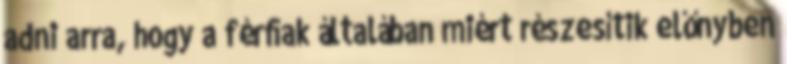
adni arra, hogy a férﬁak általában miért részesítik előnyben